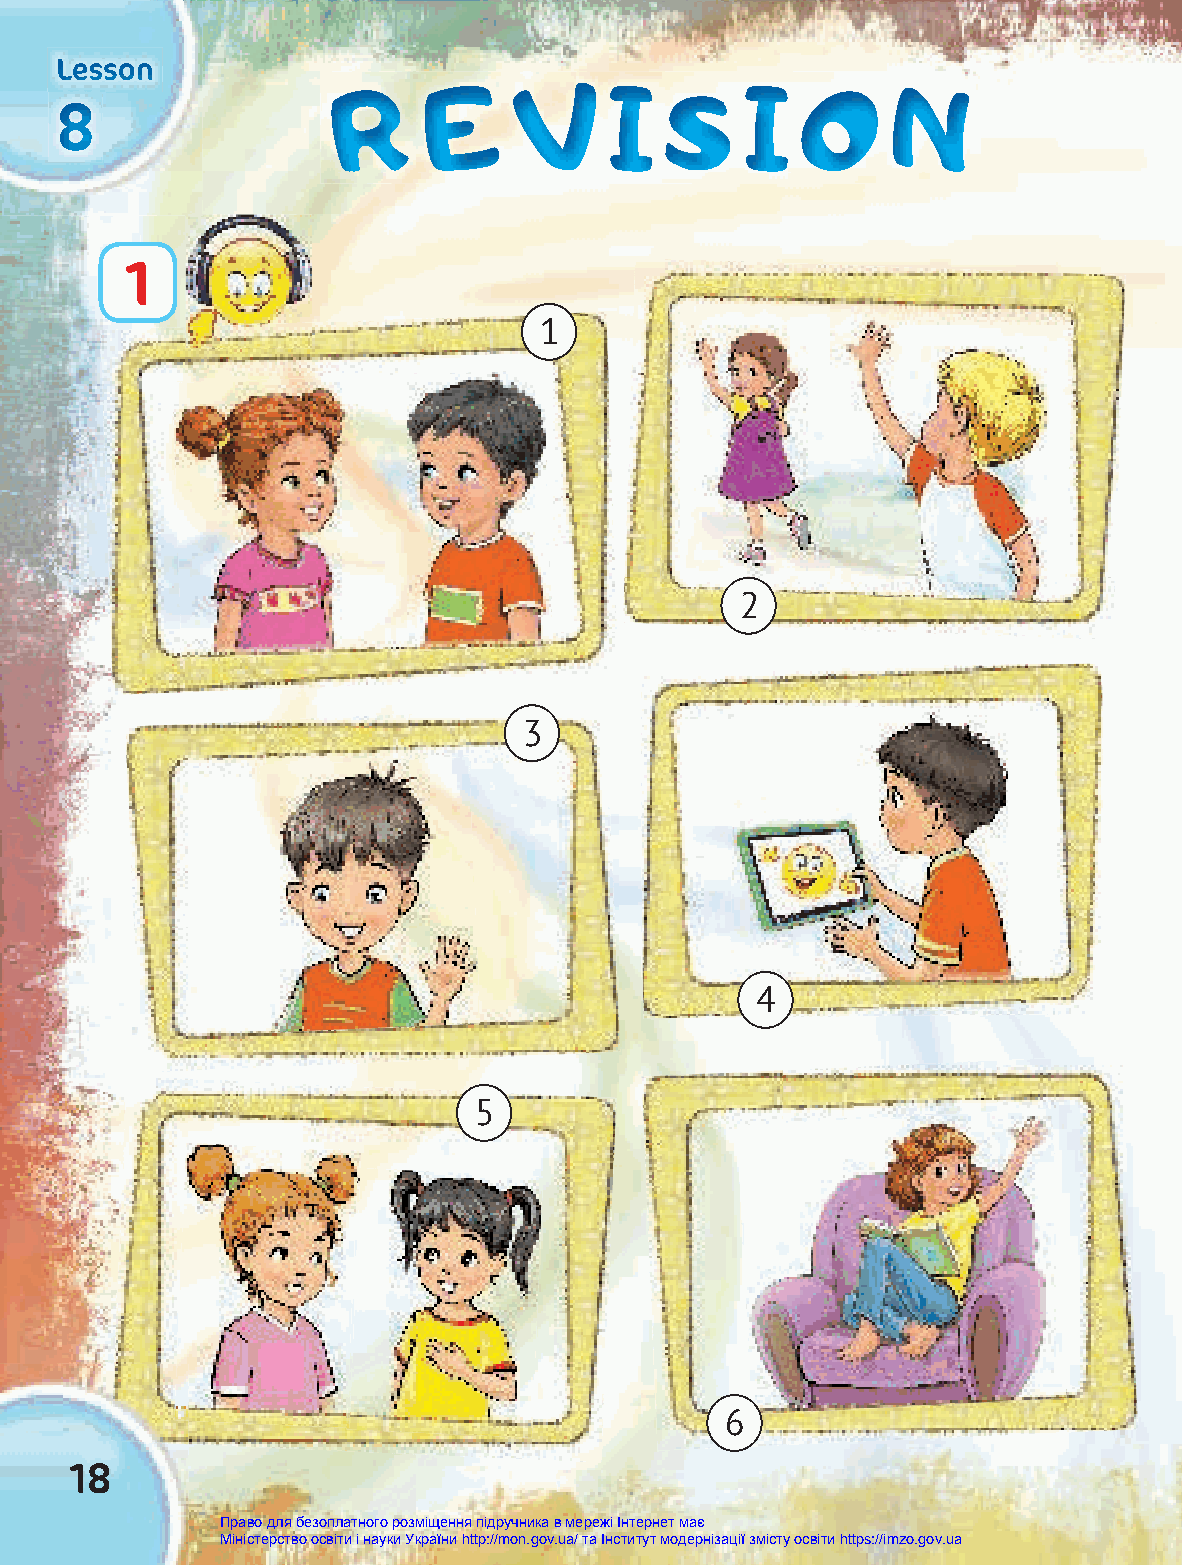
LLLeeessssssooonnn
 RRR   EEE   VVV   III SSS  III OOO   NNN
 888
 1
 1
 2
 3
 4
 5
 6
 18
 Право для безоплатного розміщення підручника в мережі Інтернет має
 Міністерство освіти і науки України http://mon.gov.ua/ та Інститут модернізації змісту освіти https://imzo.gov.ua